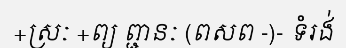
+ស្រៈ +ព្យ ព្ជានៈ (ពសព -)- ទំរង់